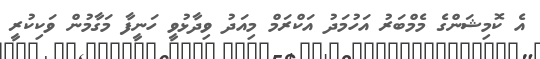
އެ ކޮމިޝަންގެ މެމްބަރު އަހުމަދު އަކްރަމް މިއަދު ވިދާޅުވީ ހަނީފާ މަގާމުން ވަކިކުރީ